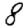
Digit: 8